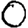
Digit: 0